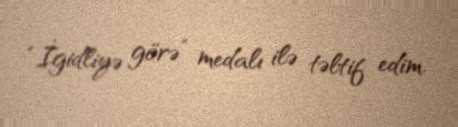
“İgidliyə görə” medalı ilə təltif edim.